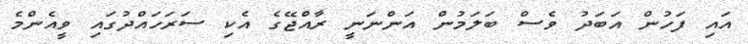
އައި ފަހުން އަބަދު ވެސް ބަލަމުން އަންނަނީ ރާއްޖޭގެ އެކި ސަރަހައްދުގައި ވީއެންމެ